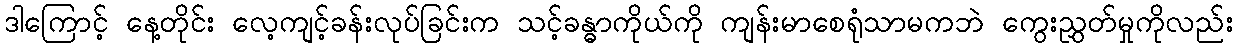
ဒါကြောင့် နေ့တိုင်း လေ့ကျင့်ခန်းလုပ်ခြင်းက သင့်ခန္ဓာကိုယ်ကို ကျန်းမာစေရုံသာမကဘဲ ကွေးညွှတ်မှုကိုလည်း